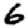
Digit: 6